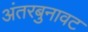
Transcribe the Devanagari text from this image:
अंतरबुनावट